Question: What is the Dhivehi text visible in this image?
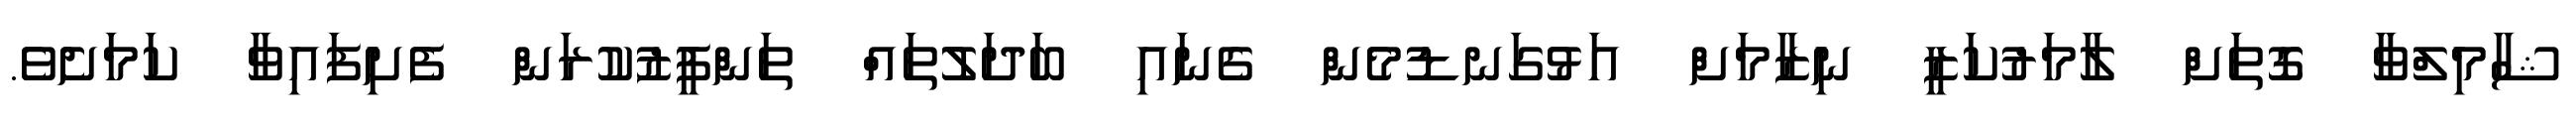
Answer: ޝާމިލްވާ ގޮތަށް ލާމަރުކަޒީ ނިޒާމަށް އަޅުގަނޑުމެން ގެނައި ބަދަލުތައް ތަންފީޒުކުރަން ފެށިފައިވާ ކަމަށެވެ.